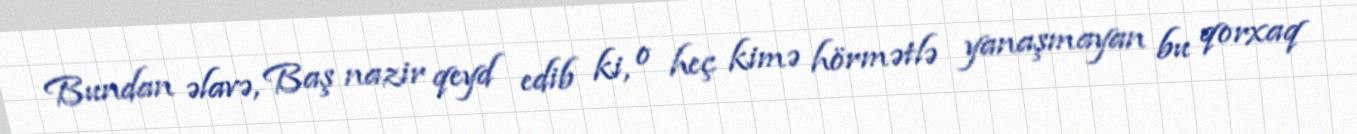
Bundan əlavə, Baş nazir qeyd edib ki, o heç kimə hörmətlə yanaşmayan bu qorxaq